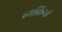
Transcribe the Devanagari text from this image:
व्यक्तियां